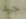
جيد